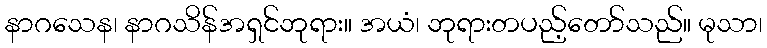
နာဂသေန၊ နာဂသိန်အရှင်ဘုရား။ အယံ၊ ဘုရားတပည့်တော်သည်။ မုသာ၊